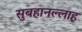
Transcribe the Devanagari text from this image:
सुबहानल्लाह